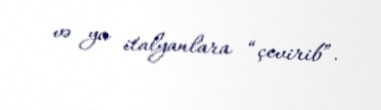
və ya italyanlara “çevirib”.